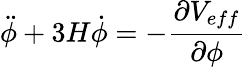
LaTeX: \ddot{\phi}+3H\dot{\phi}=-\frac{{\partial}V_{eff}}{{\partial}{\phi}}